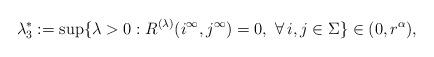
LaTeX: \begin{align*} \lambda_3^*:= \sup \{\lambda>0: R^{(\lambda)}(i^\infty,j^\infty)=0, \ \forall\, i,j \in \Sigma\} \in (0, r^\alpha),\end{align*}